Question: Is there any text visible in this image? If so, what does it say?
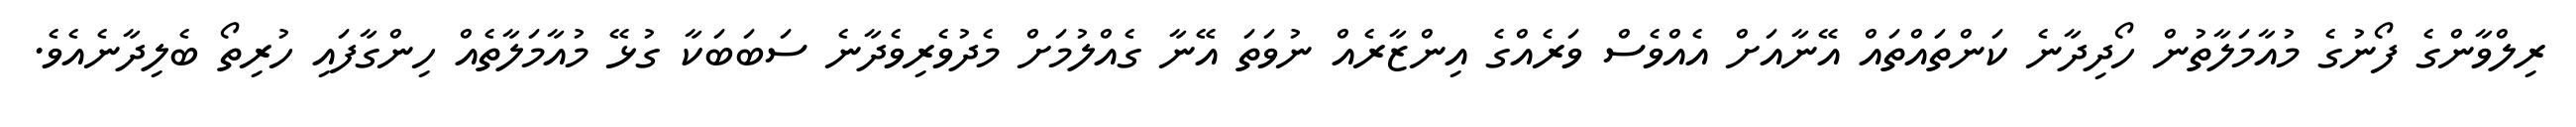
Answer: ރިލްވާންގެ ފޯނުގެ މުއާމަލާތުން ހޯދިދާނެ ކަންތައްތައް އޭނާއަށް އެއްވެސް ވަރެއްގެ އިންޒާރެއް ނުވަތަ އޭނާ ގެއްލުމަށް މެދުވެރިވެދާނެ ސަބަބަކާ ގުޅޭ މުއާމަލާތެއް ހިންގާފައި ހުރިތޯ ބެލިދާނެއެވެ.